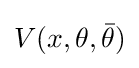
V(x,\theta ,{\bar {\theta }})